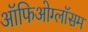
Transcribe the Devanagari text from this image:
ऑफिओग्लॉसम